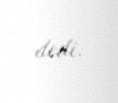
dedi.